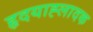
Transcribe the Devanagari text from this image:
हृदयाह्लादक